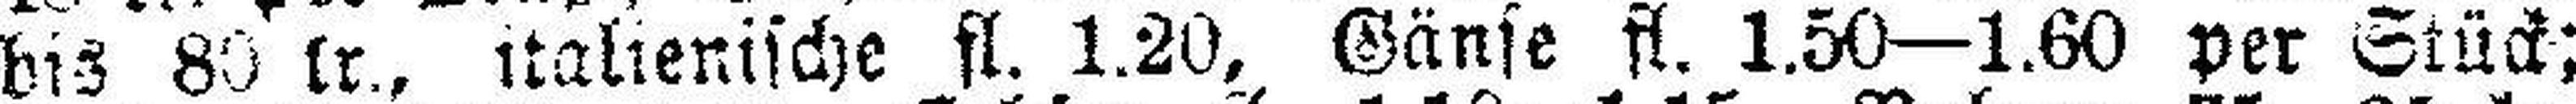
bis 80 kr., italienische fl. 1.20, Gänse fl. 1.50—1.60 per Stück;